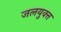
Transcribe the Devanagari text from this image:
जलयुक्‍त